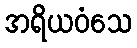
အရိယဝံသေ